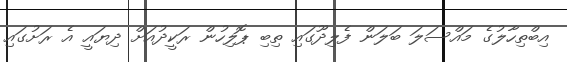
އިބްތިހާލުގެ މައްސަލަ ބަލަން ފެލިދޫގައި ތިބި ޕޮލިހުން ރަކީދުއަށް ދިޔައީ އެ ރަށުގައި